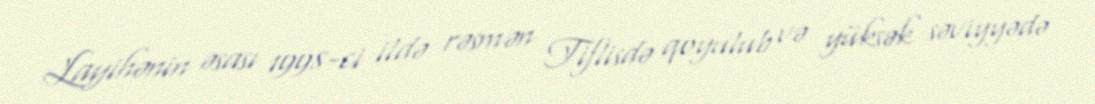
Layihənin əsası 1998-ci ildə rəsmən Tiflisdə qoyulub və yüksək səviyyədə